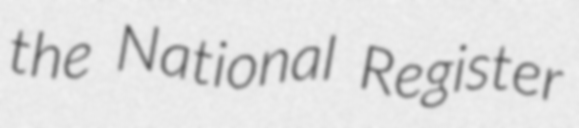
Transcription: the National Register